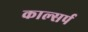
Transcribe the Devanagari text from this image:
काल्सर्प